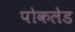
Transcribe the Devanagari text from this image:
पोकलेड